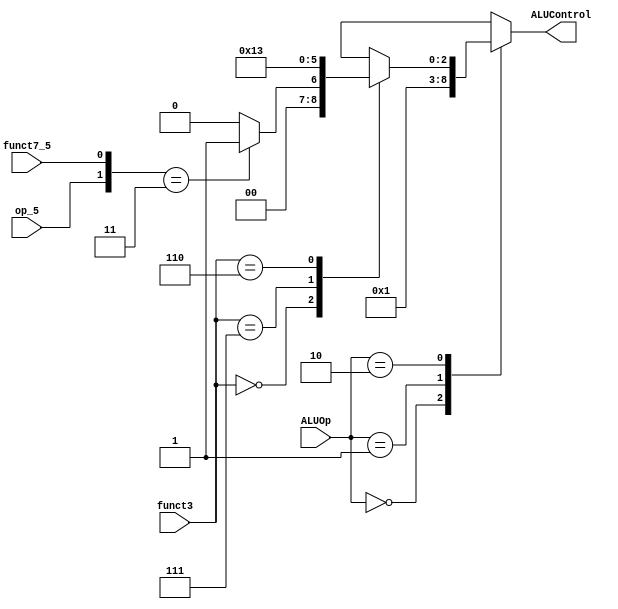
`timescale 1ns / 1ps
//////////////////////////////////////////////////////////////////////////////////
// Company: 
// Engineer: 
// 
// Design Name: 
// Module Name: ALU_decoder
// Project Name: 
// Target Devices: 
// Tool Versions: 
// Description: 
// 
// Dependencies: 
// 
// Revision:
// Revision 0.01 - File Created
// Additional Comments:
// 
//////////////////////////////////////////////////////////////////////////////////


module ALU_decoder(
       input [2:0]      funct3,
       input            funct7_5,
       input            op_5,
       input [1:0]      ALUOp,
       output reg [2:0] ALUControl
    );
    
    always@(*)
    begin
        case(ALUOp)
                    2'b00 : ALUControl = 3'b000 ;
                    2'b01 : ALUControl = 3'b001 ;
                    2'b10 : 
                    begin
                          case(funct3)
                                    3'b000:
                                    begin
                                            if({op_5,funct7_5} == 3'b11)
                                                    ALUControl = 3'b001 ;
                                             else
                                                    ALUControl = 3'b000 ;       
                                    end  
                                    3'b111:ALUControl = 3'b010 ;
                                    3'b110:ALUControl = 3'b011 ;  
                                    default: ALUControl = 3'bxxx ;
                            endcase          
                    end
                    default: ALUControl = 3'bxxx ;
        endcase            
    end
endmodule